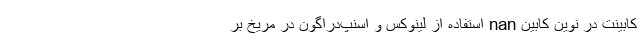
کابینت در نوین کابین nan استفاده از لینوکس و اسنپ‌دراگون در مریخ بر